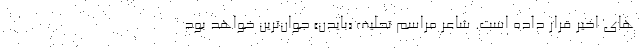
های اخیر قرار داده است. شاعر مراسم تحلیف «بایدن» جوان‌ترین خواهد بود